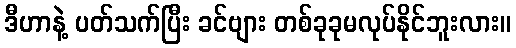
ဒီဟာနဲ့ ပတ်သက်ပြီး ခင်ဗျား တစ်ခုခုမလုပ်နိုင်ဘူးလား။